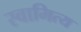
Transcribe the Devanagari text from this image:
स्वामित्य